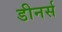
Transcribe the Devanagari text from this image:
डीनर्स